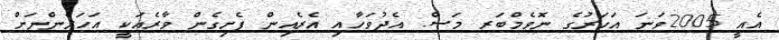
އެއީ 2005ވަނަ އަހަރުގެ ނޮވެމްބަރ މަސް. އެދުވަހާއި އެރެއިން ފެށިގެން ވާރެއަކީ އަހަރެންނަށް